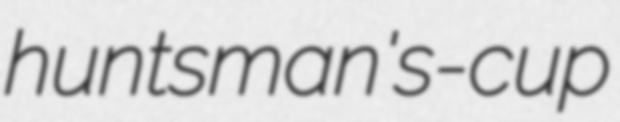
huntsman's-cup